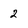
Character: 2